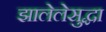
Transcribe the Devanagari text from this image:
झालेलेसुद्धा